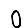
Digit: 0